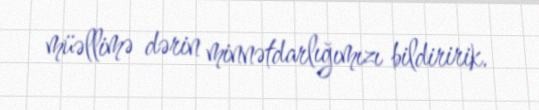
müəllimə dərin minnətdarlığımızı bildiririk.